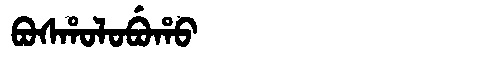
Manchu: ᠪᠣᠰᡥᠣᠯᠣᠪᡠᡥᠣ
Romanization: BOSHOLOBUHO